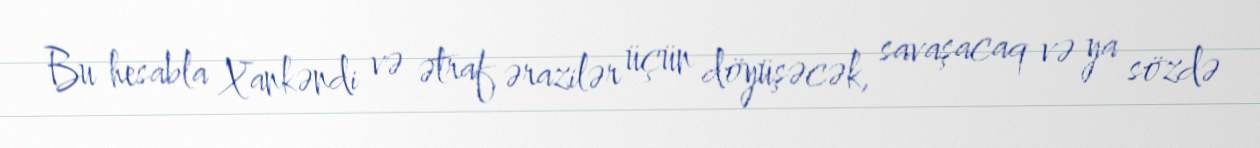
Bu hesabla Xankəndi və ətraf ərazilər üçün döyüşəcək, savaşacaq və ya sözdə